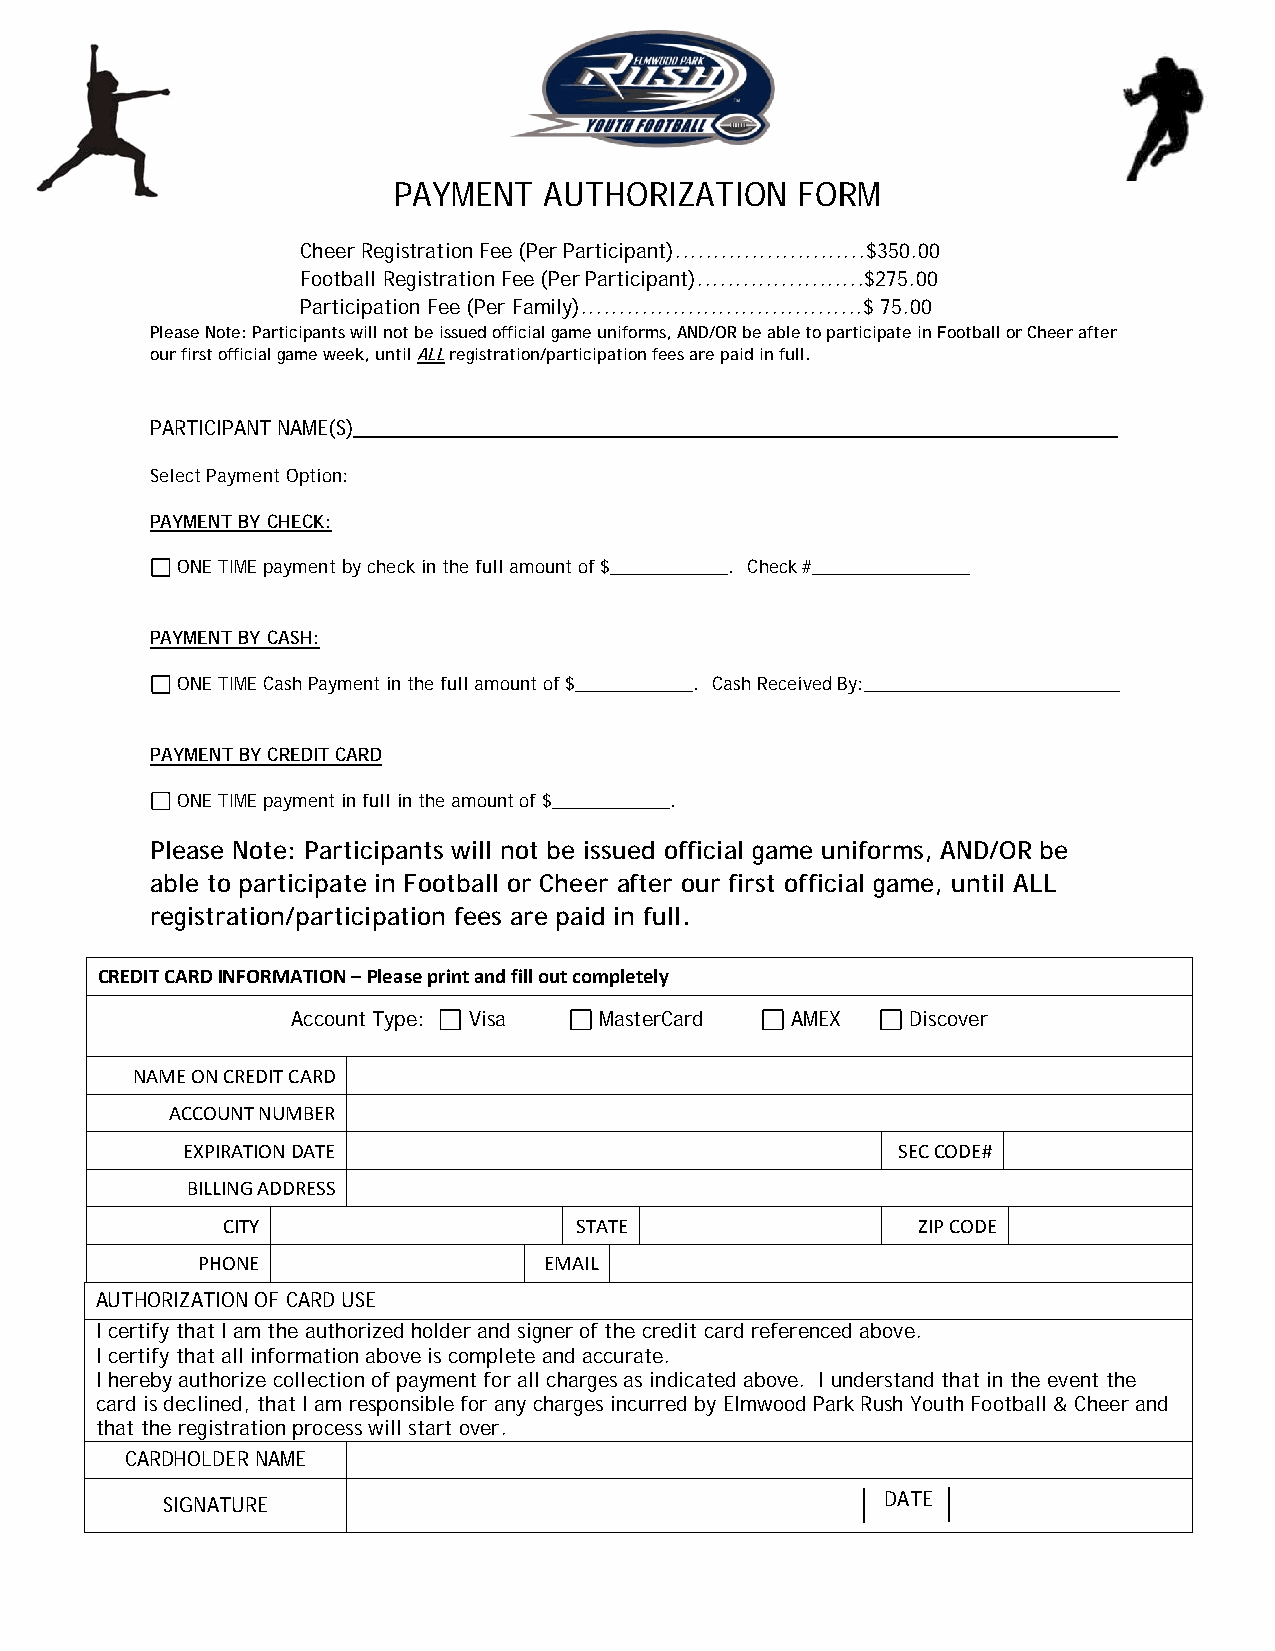
PAYMENT   AUTHORIZATION    FORM
 Cheer Registration Fee (Per Participant).........................$350.00
 Football Registration Fee (Per Participant)......................$275.00
 Participation Fee (Per Family).....................................$ 75.00
 Please Note: Participants will not be issued official game uniforms, AND/OR be able to participate in Football or Cheer after
 our first official game week, until ALL registration/participation fees are paid in full.
 PARTICIPANT NAME(S)______________________________________________________________________
 Select Payment Option:
 PAYMENT BY CHECK:
 ONE TIME payment by check in the full amount of $____________. Check #________________
 PAYMENT BY CASH:
 ONE TIME Cash Payment in the full amount of $____________. Cash Received By:__________________________
 PAYMENT BY CREDIT CARD
 ONE TIME payment in full in the amount of $____________.
 Please Note: Participants will not be issued official game uniforms, AND/OR be
 able to participate in Football or Cheer after our first official game, until ALL
 registration/participation fees are paid in full.
 CREDIT CARD INFORMATION – Please print and fill out completely
 Account Type: Visa   MasterCard  AMEX    Discover
 NAME ON CREDIT CARD
 ACCOUNT NUMBER
 EXPIRATION DATE                                SEC CODE#
 BILLING ADDRESS
 CITY                   STATE                  ZIP CODE
 PHONE                  EMAIL
 AUTHORIZATION OF CARD USE
 I certify that I am the authorized holder and signer of the credit card referenced above.
 I certify that all information above is complete and accurate.
 I hereby authorize collection of payment for all charges as indicated above. I understand that in the event the
 card is declined, that I am responsible for any charges incurred by Elmwood Park Rush Youth Football & Cheer and
 that the registration process will start over.
 CARDHOLDER NAME
 SIGNATURE                                       DATE